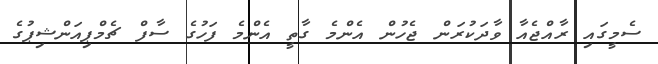
ސެމީގައި ރާއްޖެއާ ވާދަކުރަން ޖެހުން އެންމެ ގާތީ އެންމެ ފަހުގެ ސާފް ޗެމްޕިއަންޝިޕުގެ